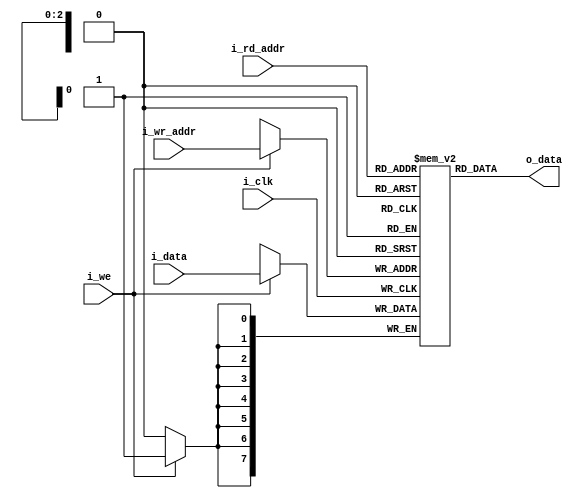
module dualram
 #(parameter ASIZE = 3,    
   parameter DSIZE = 8)    
(
	input i_we,i_clk,
	input [ASIZE-1:0] i_wr_addr,i_rd_addr,
	input [DSIZE-1:0] i_data,
	output [DSIZE-1:0] o_data
);
	localparam RAMDEPTH = 1 << ASIZE;

	reg [DSIZE-1:0] mem [RAMDEPTH-1:0];

	assign o_data = mem[i_rd_addr];

	always@(posedge i_clk)
	if(i_we)
		mem[i_wr_addr] <= i_data;

endmodule

module dualram8
 #(parameter DSIZE = 8)    
(
	input i_we,i_clk,
	input [2:0] i_wr_addr,i_rd_addr,
	input [DSIZE-1:0] i_data,
	output [DSIZE-1:0] o_data
);

	reg [DSIZE-1:0] mem [7:0];

	assign o_data = mem[i_rd_addr];

	always@(posedge i_clk)
	if(i_we)
		case(i_wr_addr)
		3'd1:	mem[1] <= i_data;
		3'd2:	mem[2] <= i_data;
		3'd3:	mem[3] <= i_data;
		3'd4:	mem[4] <= i_data;
		3'd5:	mem[5] <= i_data;
		3'd6:	mem[6] <= i_data;
		3'd7:	mem[7] <= i_data;
		default:	mem[0] <= i_data;
		endcase

endmodule

module altdualram0 (
	clock,
	data,
	rdaddress,
	wraddress,
	wren,
	q);

	input	  clock;
	input	[7:0]  data;
	input	[12:0]  rdaddress;
	input	[12:0]  wraddress;
	input	  wren;
	output	[7:0]  q;
	
	
reg [7:0] mem [0:8191];
	
	
assign q = mem[rdaddress];
	
	always@(posedge clock)
	if(wren)
	  mem[wraddress] <= data;
	

endmodule